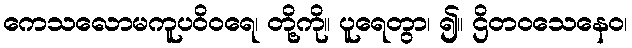
ကေသလောမကူပဝိဝရေ၊ တို့ကို။ ပူရေတွာ၊ ၍။ ဌိတဝသေနေဝ၊